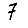
Digit: 7